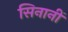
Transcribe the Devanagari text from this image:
सिनानीं